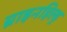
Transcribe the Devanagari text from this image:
ब्राइनहिल्ड्र